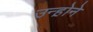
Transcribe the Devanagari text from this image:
उन्ह़ोने